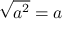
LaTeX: { \sqrt { a ^ { 2 } } } = a